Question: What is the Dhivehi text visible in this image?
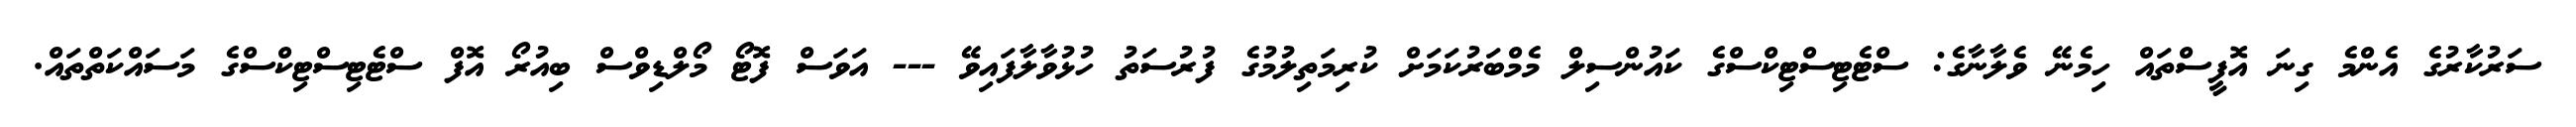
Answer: ސަރުކާރުގެ އެންމެ ގިނަ އޮފީސްތައް ހިމެނޭ ވެލާނާގެ: ސްޓެޓިސްޓިކްސްގެ ކައުންސިލް މެމްބަރުކަމަށް ކުރިމަތިލުމުގެ ފުރުސަތު ހުޅުވާލާފައިވޭ --- އަވަސް ފޮޓޯ މޯލްޑިވްސް ބިއުރޯ އޮފް ސްޓެޓިސްޓިކްސްގެ މަސައްކަތްތައް.